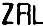
ZRL